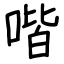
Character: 喈